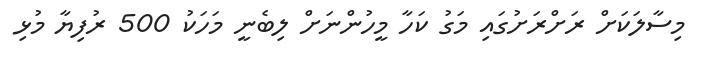
މިސާލަކަށް ރަށްރަށުގައި މަގު ކަހާ މީހުންނަށް ލިބެނީ މަހަކު 500 ރުފިޔާ މުޅި